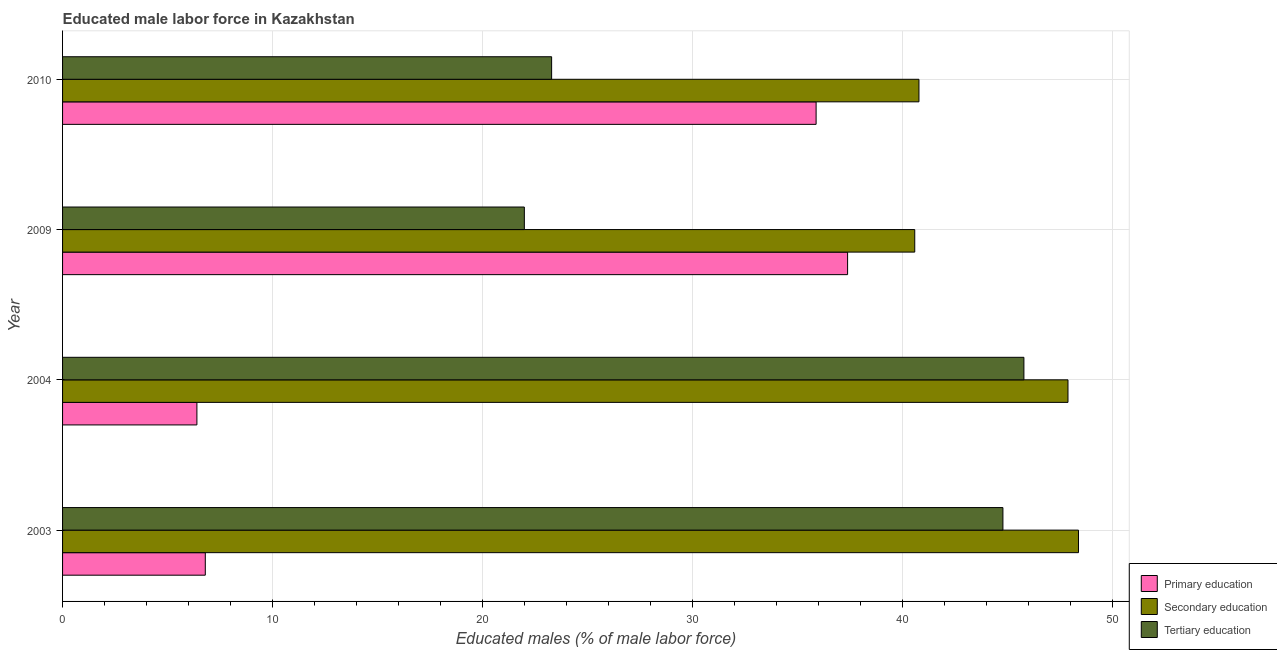
| Year | Primary education | Secondary education | Tertiary education |
 | --- | --- | --- | --- |
 | 2003 | 6.8 | 48.4 | 44.8 |
 | 2004 | 6.4 | 47.9 | 45.8 |
 | 2009 | 37.4 | 40.6 | 22 |
 | 2010 | 35.9 | 40.8 | 23.3 |